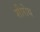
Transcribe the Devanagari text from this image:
शीरोय